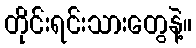
တိုင်းရင်းသားတွေနဲ့။